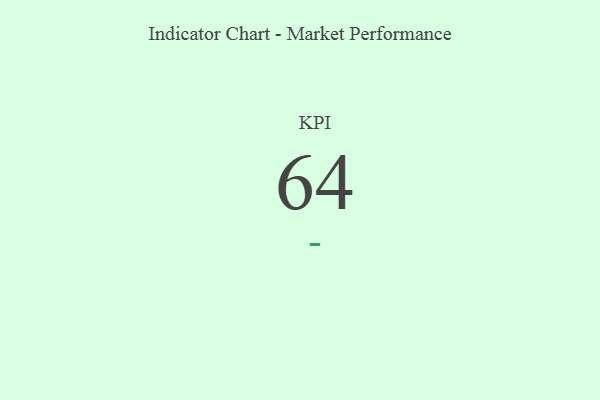
{"axis": {"x": "KPI", "y": "Value"}, "legend": [""], "data": [{"x": "KPI", "y": 64, "type": ""}]}